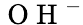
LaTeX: \mathrm{~O~H~}^{-}